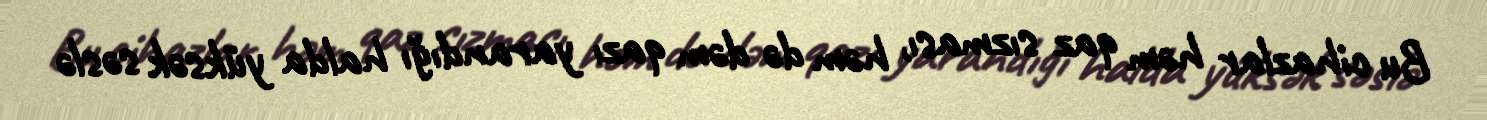
Bu cihazlar həm qaz sızması, həm də dəm qazı yarandığı halda yüksək səslə